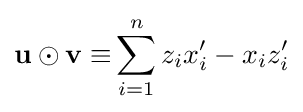
\mathbf {u} \odot \mathbf {v\equiv } \sum _{i=1}^{n}z_{i}x_{i}^{\prime }-x_{i}z_{i}^{\prime }